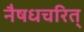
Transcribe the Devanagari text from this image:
नैषधचरित्‌